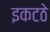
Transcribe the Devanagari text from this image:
इकटठे